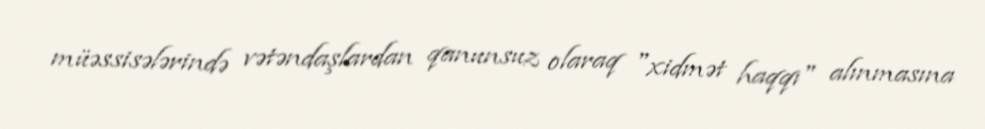
müəssisələrində vətəndaşlardan qanunsuz olaraq "xidmət haqqı" alınmasına